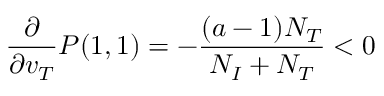
\frac { \partial } { \partial v _ { T } } P ( 1 , 1 ) = - \frac { ( a - 1 ) N _ { T } } { N _ { I } + N _ { T } } < 0